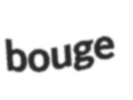
bouge